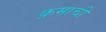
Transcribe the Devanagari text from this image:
क्रमाची